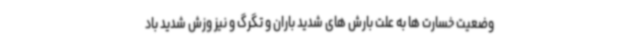
وضعیت خسارت ها به علت بارش های شدید باران و تگرگ و نیز وزش شدید باد